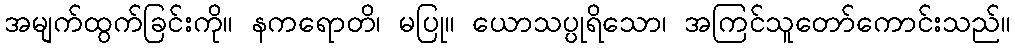
အမျက်ထွက်ခြင်းကို။ နကရောတိ၊ မပြု။ ယောသပ္ပုရိသော၊ အကြင်သူတော်ကောင်းသည်။